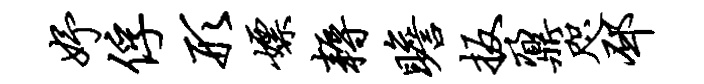
妤俘形嫖耨瞻扳鼐咫邳